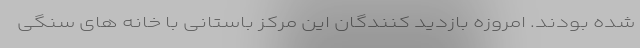
شده بودند. امروزه بازدید کنندگان این مرکز باستانی با خانه های سنگی